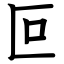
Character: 叵